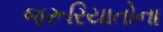
જરૂરિયાતોના